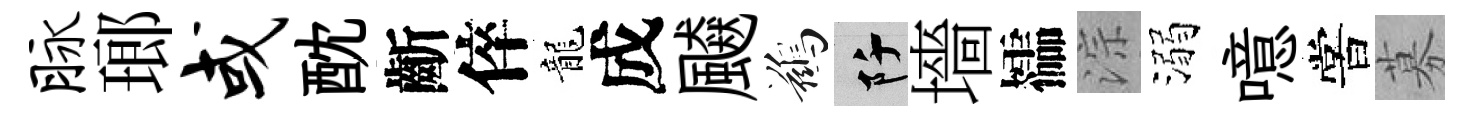
脉瑯或酖齗倅龍成飇鷀阡墻櫺淙溺噫嘗募